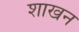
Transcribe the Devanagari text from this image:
शाखन